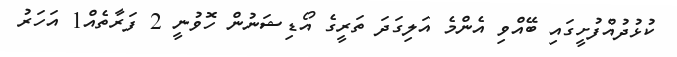
ކުޅުދުއްފުށީގައި ބޭއްވި އެންމެ އަލިގަދަ ތަރީގެ އޯޑިޝަނުން ހޮވުނީ 2 ފަރާތެއް1 އަހަރު